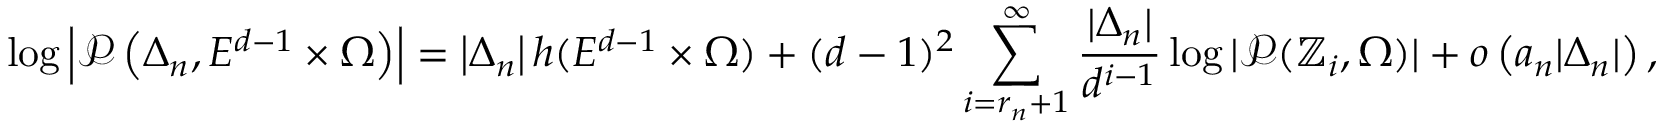
\log \left| \mathcal { P } \left( \Delta _ { n } , E ^ { d - 1 } \times \Omega \right) \right| = \left| \Delta _ { n } \right| h ( E ^ { d - 1 } \times \Omega ) + ( d - 1 ) ^ { 2 } \sum _ { i = r _ { n } + 1 } ^ { \infty } \frac { | \Delta _ { n } | } { d ^ { i - 1 } } \log | \mathcal { P } ( \mathbb { Z } _ { i } , \Omega ) | + o \left( a _ { n } | \Delta _ { n } | \right) ,